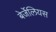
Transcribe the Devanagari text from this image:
बेर्जेलियस